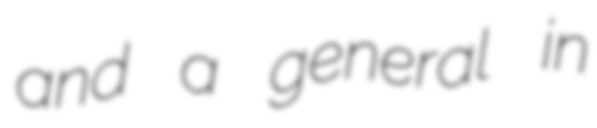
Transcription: and a general in